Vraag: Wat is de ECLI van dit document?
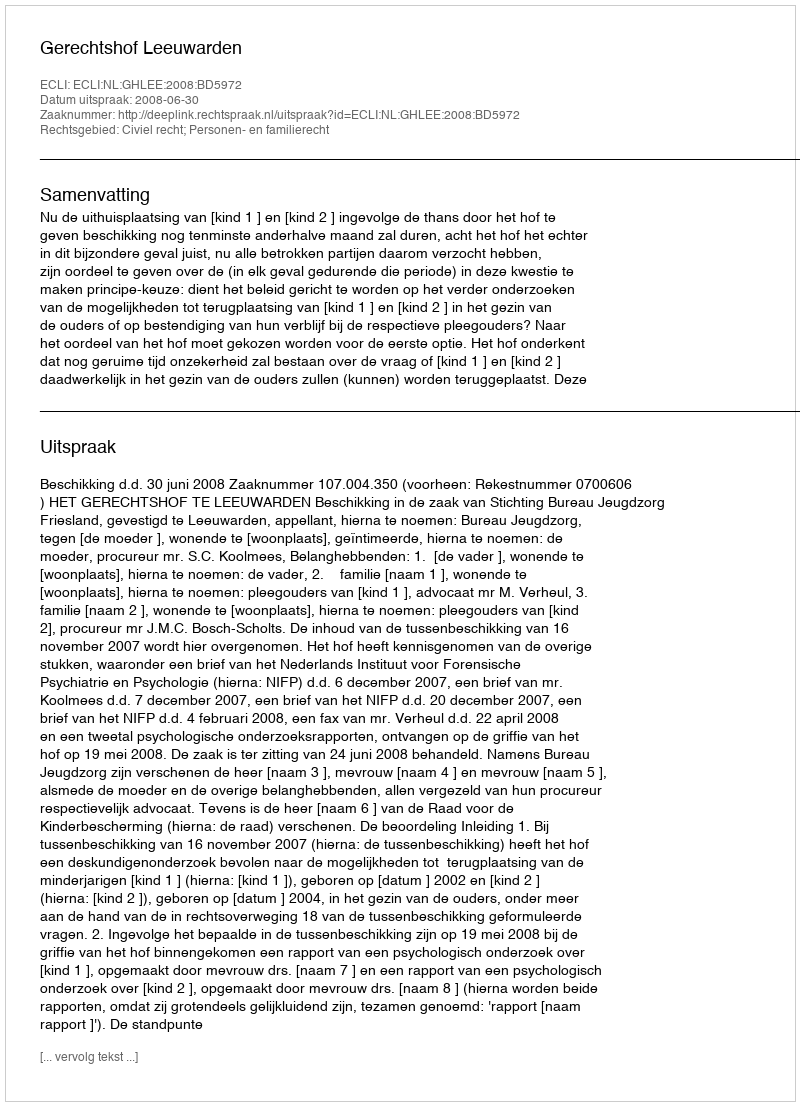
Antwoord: ECLI:NL:GHLEE:2008:BD5972